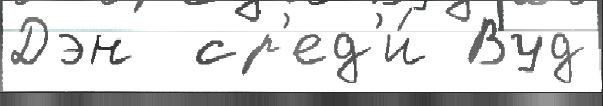
Дэн  ср'ед'и́ Вуд